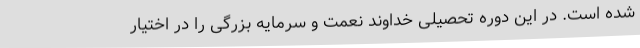
شده است. در این دوره تحصیلی خداوند نعمت و سرمایه بزرگی را در اختیار